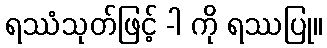
ရဿံသုတ်ဖြင့် -ါ ကို ရဿပြု။